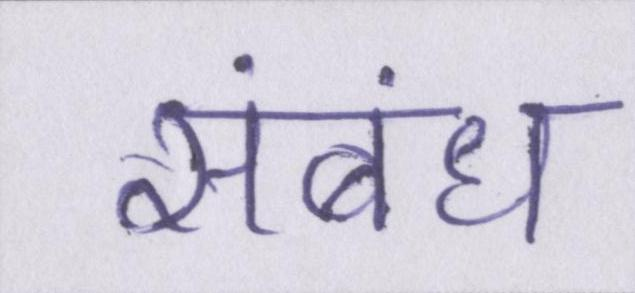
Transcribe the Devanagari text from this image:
संबंध